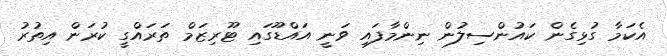
އެކަމާ ގުޅިގެން ކައުންސިލުން ނިންމާފައި ވަނީ އައްޑޫގައި ޓޫރިޒަމް ތަރައްގީ ކުރަން އިތުރު